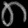
Digit: ၈